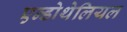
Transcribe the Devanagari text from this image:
एन्डोथेलियल